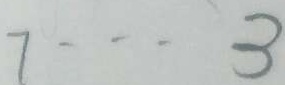
7 \cdots 3